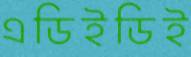
এডিইডিই